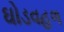
ઘોડવહળ